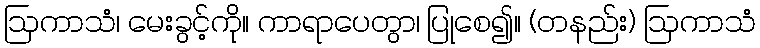
ဩကာသံ၊ မေးခွင့်ကို။ ကာရာပေတွာ၊ ပြုစေ၍။ (တနည်း) ဩကာသံ